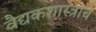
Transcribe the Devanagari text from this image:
वैद्यकशास्त्राचे